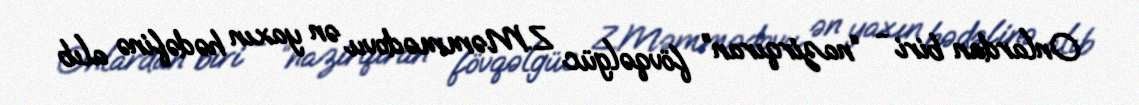
Onlardan biri - “nazirqıran” fövqəlgüc Z.Məmmədovu ən yaxın hədəfinə alıb